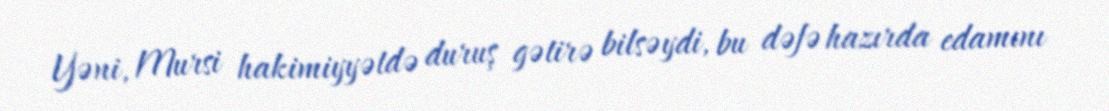
Yəni, Mursi hakimiyyətdə duruş gətirə bilsəydi, bu dəfə hazırda edamını